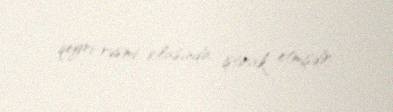
qeyri-rəsmi iclasında iştirak etmişdir.